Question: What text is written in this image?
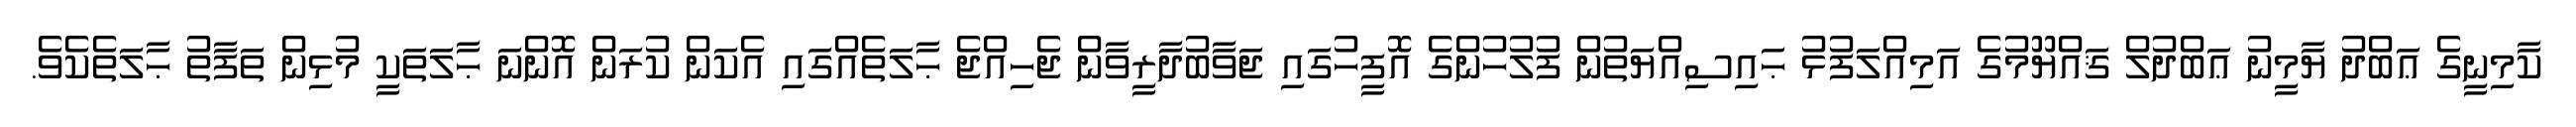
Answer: ކާމިނީގެ ޢަބްދު ޔާމީނު ޢަބްދުލް ޤައްޔޫމުގެ އަމިއްލަފުޅު ޙައިސިއްޔަތުން ފުލުހުންގެ އޮފީހުގައި ޖަވާބުދާރީވާން ޖެހިއްޖެ ޙާލަތެއްގައި އެކަން ކުރަން އޮންނަ ޙާލަތަކީ މުޅިން ތަފާތު ޙާލަތެކެވެ.